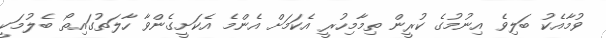
ވުމާއެކު ބަލިވެ އިނުމުގެ ކުރީން ތިމާމިހުރީ އެކަމަށް އެންމެ އެކަށީގެންވާ ހާލަތުގައިތޯ ބެލުމަކީ